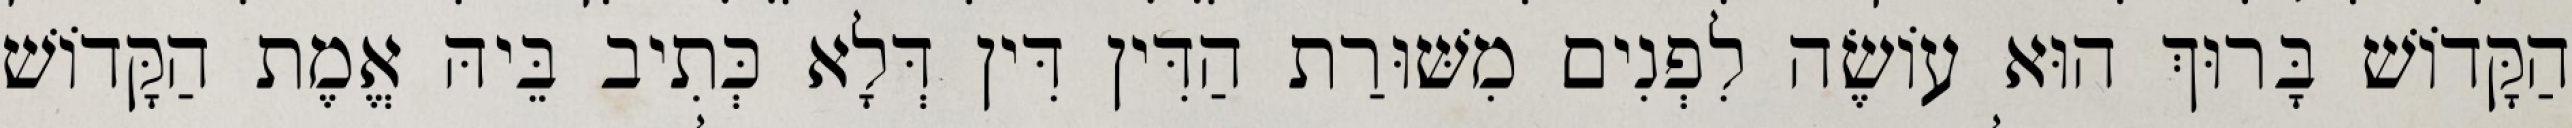
הַקָּדוֹשׁ בָּרוּךְ הוּא עוֹשֶׂה לִפְנִים מִשּׁוּרַת הַדִּין דִּין דְּלָא כְּתִיב בֵּיהּ אֱמֶת הַקָּדוֹשׁ